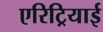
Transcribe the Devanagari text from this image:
एरिट्रियाई